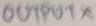
Text: OUTPUTX